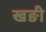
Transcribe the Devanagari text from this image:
खङी